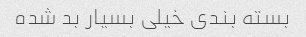
بسته بندی خیلی بسیار بد شده